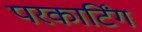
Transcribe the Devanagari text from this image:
परकार्टिंग